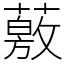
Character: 薂